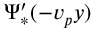
\Psi _ { * } ^ { \prime } ( - v _ { p } y )